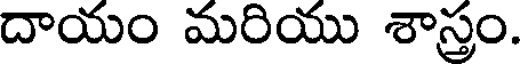
దాయం మరియు శాస్త్రం.